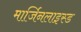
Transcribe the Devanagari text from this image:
मार्जिनलाइस्ड